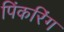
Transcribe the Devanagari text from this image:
पिंकरिंग